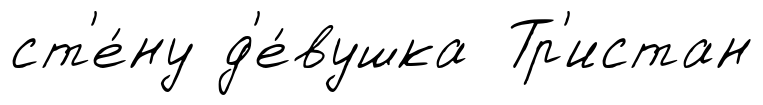
ст'е́ну д'е́вушка Тр'истан